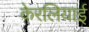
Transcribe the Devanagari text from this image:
केरलियाई